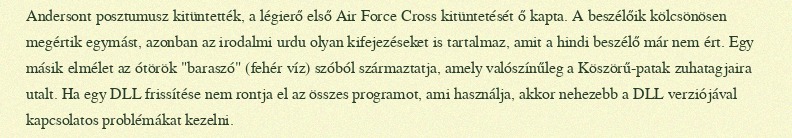
Andersont posztumusz kitüntették, a légierő első Air Force Cross kitüntetését ő kapta. A beszélőik kölcsönösen megértik egymást, azonban az irodalmi urdu olyan kifejezéseket is tartalmaz, amit a hindi beszélő már nem ért. Egy másik elmélet az ótörök "baraszó" (fehér víz) szóból származtatja, amely valószínűleg a Köszörű-patak zuhatagjaira utalt. Ha egy DLL frissítése nem rontja el az összes programot, ami használja, akkor nehezebb a DLL verziójával kapcsolatos problémákat kezelni.